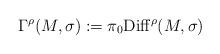
LaTeX: \begin{align*}\Gamma^\rho(M,\sigma):=\pi_0\mathrm{Diff}^\rho(M,\sigma)\end{align*}